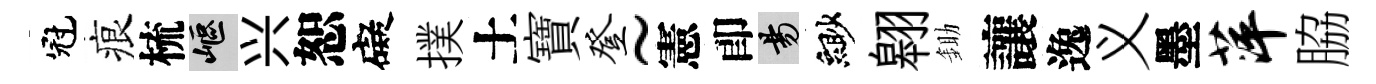
冠痕梳嶇兴恕礙撲土寶登~憲卽昜緲翱鋤讓逸义墨萍脇